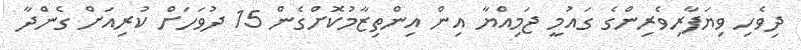
ދިވެހި ވިޔަފާރިވެރިންގެ ގައުމީ ޖަމިއްޔާ އިން އިންތިޒާމުކޮށްގެން 15 ދުވަހަށް ކުރިއަށް ގެންދާ